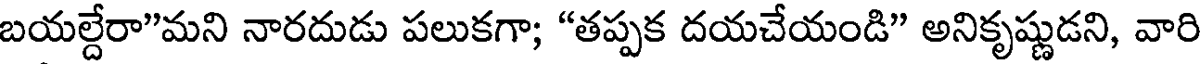
బయల్దేరా"మని నారదుడు పలుకగా; "తప్పక దయచేయండి" అనికృష్ణుడని, వారి